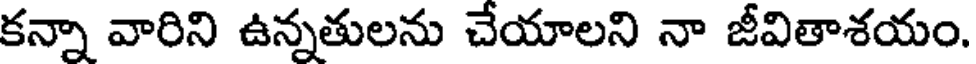
కన్నా వారిని ఉన్నతులను చేయాలని నా జీవితాశయం.